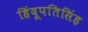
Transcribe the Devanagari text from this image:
हिंदूपतिसिंह